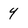
Character: y